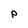
Character: p